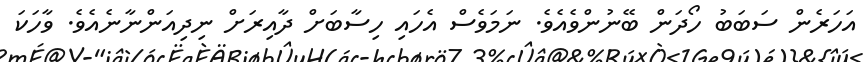
އަހަރެން ސަބަބު ހޯދަން ބޭނުންވެއެވެ. ނަމަވެސް އެހައި ހިސާބަށް ދާއިރަށް ނިދިއަންނާނެއެވެ. ވާހަކަ